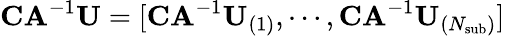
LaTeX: \mathbf{CA}^{-1}\mathbf{U}=[\mathbf{CA}^{-1}\mathbf{U}_{(1)},\cdots,\mathbf{CA}^{-1}\mathbf{U}_{(N_{\mathrm{sub}})}]